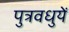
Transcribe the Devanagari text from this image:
पुत्रवधुयें